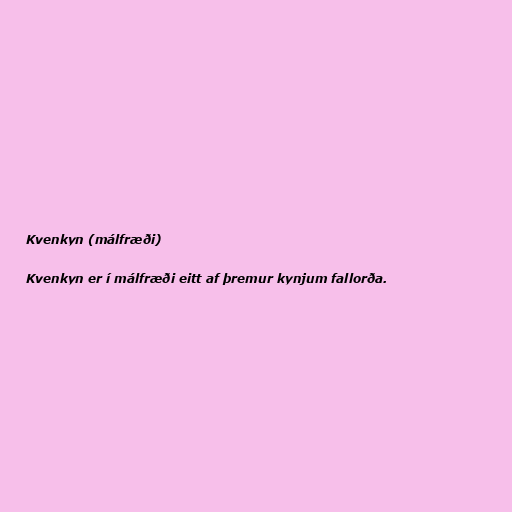
Kvenkyn (málfræði)

Kvenkyn er í málfræði eitt af þremur kynjum fallorða.